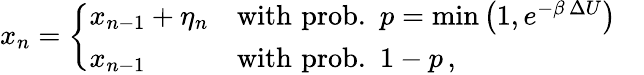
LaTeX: \begin{array}{r}{x_{n}=\left\{ \begin{array}{ll}{x_{n-1}+\eta_{n}}&{\mathrm{with}\, \, \mathrm{prob.}\, \, \, p=\mathrm{min}\left(1,e^{-\beta\, \Delta U}\right)\quad}\\ {x_{n-1}}&{\mathrm{with}\, \, \mathrm{prob.}\, \, \, 1-p\, ,}\end{array}\right.}\end{array}